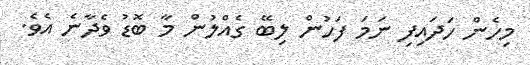
މިހެން ހަދައިފި ނަމަ ފަހުން ލިބޭ ގެއްލުން މާ ބޮޑު ވެދާނެ އެވެ.